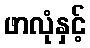
ဖာလုံနှင့်